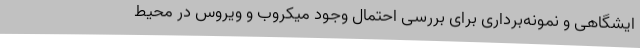
ایشگاهی و نمونه‌برداری برای بررسی احتمال وجود میکروب و ویروس در محیط